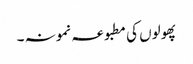
پھولوں کی مطبوعہ نمونہ ۔